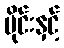
ပိုင်းနှင့်